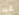
غير